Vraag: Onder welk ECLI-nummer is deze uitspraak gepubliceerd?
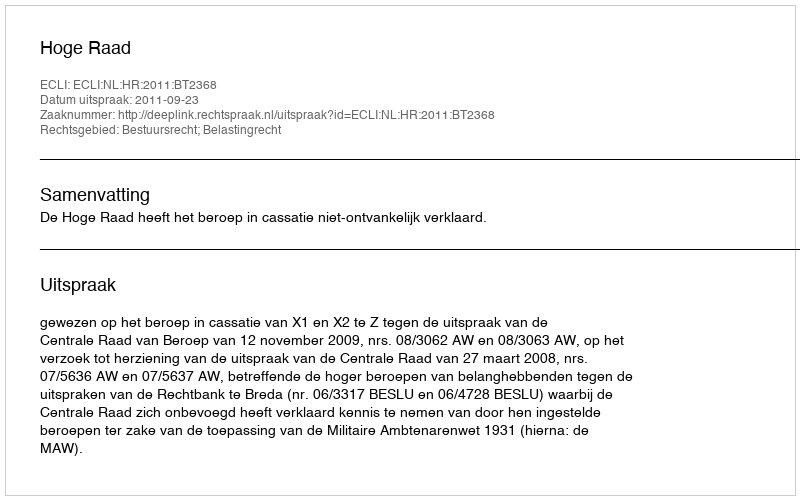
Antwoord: ECLI:NL:HR:2011:BT2368